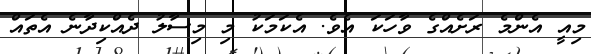
މިއީ އެންމެ ރަށެއްގެ ވާހަކަ އެވެ. އެކަމަކު މި މިސާލު ދެއްކިދާނެ އެތައް